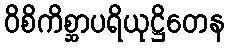
ဝိစိကိစ္ဆာပရိယုဋ္ဌိတေန